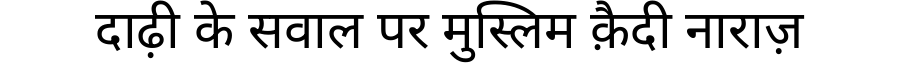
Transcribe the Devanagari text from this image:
दाढ़ी के सवाल पर मुस्लिम क़ैदी नाराज़